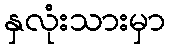
နှလုံးသားမှာ